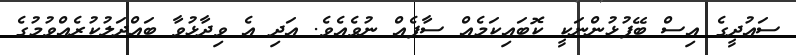
ސައުދީގެ އިސް ބޭފުޅުންނަކީ ކޮބައިކަމެއް ސާފެއް ނުވެއެވެ. އަދި އެ ވިދާޅުވާ ބައްދަލުކުރެއްވުމުގެ